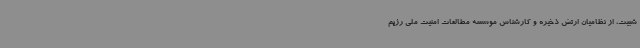
شبیت، از نظامیان ارتش ذخیره و کارشناس موسسه مطالعات امنیت ملی رژیم